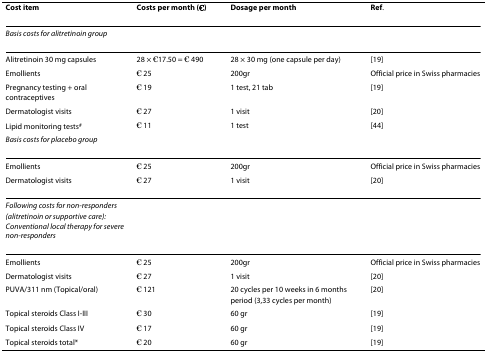
<table><thead><tr><td><b>Cost item</b></td><td><b>Costs per month (€)</b></td><td><b>Dosage per month</b></td><td><b>Ref.</b></td></tr></thead><tbody><tr><td><i>Basis costs for alitretinoin group</i></td><td></td><td></td><td></td></tr><tr><td>Alitretinoin 30 mg capsules</td><td>28 × €17.50 = € 490</td><td>28 × 30 mg (one capsule per day)</td><td>[19]</td></tr><tr><td>Emollients</td><td>€ 25</td><td>200gr</td><td>Official price in Swiss pharmacies</td></tr><tr><td>Pregnancy testing + oral contraceptives</td><td>€ 19</td><td>1 test, 21 tab</td><td>[19]</td></tr><tr><td>Dermatologist visits</td><td>€ 27</td><td>1 visit</td><td>[20]</td></tr><tr><td>Lipid monitoring tests<sup>#</sup></td><td>€ 11</td><td>1 test</td><td>[44]</td></tr><tr><td><i>Basis costs for placebo group</i></td><td></td><td></td><td></td></tr><tr><td>Emollients</td><td>€ 25</td><td>200gr</td><td>Official price in Swiss pharmacies</td></tr><tr><td>Dermatologist visits</td><td>€ 27</td><td>1 visit</td><td>[20]</td></tr><tr><td><i>Following costs for non-responders (alitretinoin or supportive care): Conventional local therapy for severe non-responders</i></td><td></td><td></td><td></td></tr><tr><td>Emollients</td><td>€ 25</td><td>200gr</td><td>Official price in Swiss pharmacies</td></tr><tr><td>Dermatologist visits</td><td>€ 27</td><td>1 visit</td><td>[20]</td></tr><tr><td>PUVA/311 nm (Topical/oral)</td><td>€ 121</td><td>20 cycles per 10 weeks in 6 months period (3,33 cycles per month)</td><td>[20]</td></tr><tr><td>Topical steroids Class I-III</td><td>€ 30</td><td>60 gr</td><td>[19]</td></tr><tr><td>Topical steroids Class IV</td><td>€ 17</td><td>60 gr</td><td>[19]</td></tr><tr><td>Topical steroids total*</td><td>€ 20</td><td>60 gr</td><td>[19]</td></tr></tbody></table>